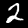
Digit: 2